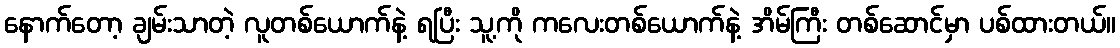
နောက်တော့ ချမ်းသာတဲ့ လူတစ်ယောက်နဲ့ ရပြီး သူ့ကို ကလေးတစ်ယောက်နဲ့ အိမ်ကြီး တစ်ဆောင်မှာ ပစ်ထားတယ်။